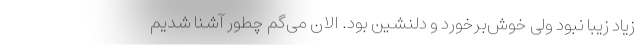
زیاد زیبا نبود ولی خوش‌برخورد و دلنشین بود. الان می‌گم چطور آشنا شدیم